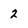
Character: 2